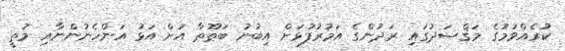
ކުރެއްވުމުގެ މަޤްޞަދުގައި ރަދުންގެ އަމުރުފުޅަށް އިބުނު ބަޠޫޠާ އަށް އަޅު އަންހެނުންނާއި މުތީ